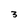
Character: 3